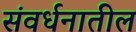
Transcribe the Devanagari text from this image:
संवर्धनातील